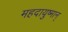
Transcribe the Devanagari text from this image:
महदायुष्मान्